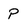
Character: P